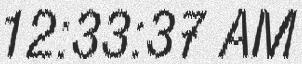
12:33:37 AM